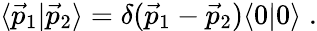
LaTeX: \langle{\vec{p}}_{1}|{\vec{p}}_{2}\rangle=\delta({\vec{p}}_{1}-{\vec{p}}_{2})\langle 0|0\rangle\; .